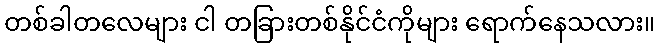
တစ်ခါတလေများ ငါ တခြားတစ်နိုင်ငံကိုများ ရောက်နေသလား။